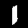
Label: 1